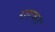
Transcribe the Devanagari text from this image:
राख्षस